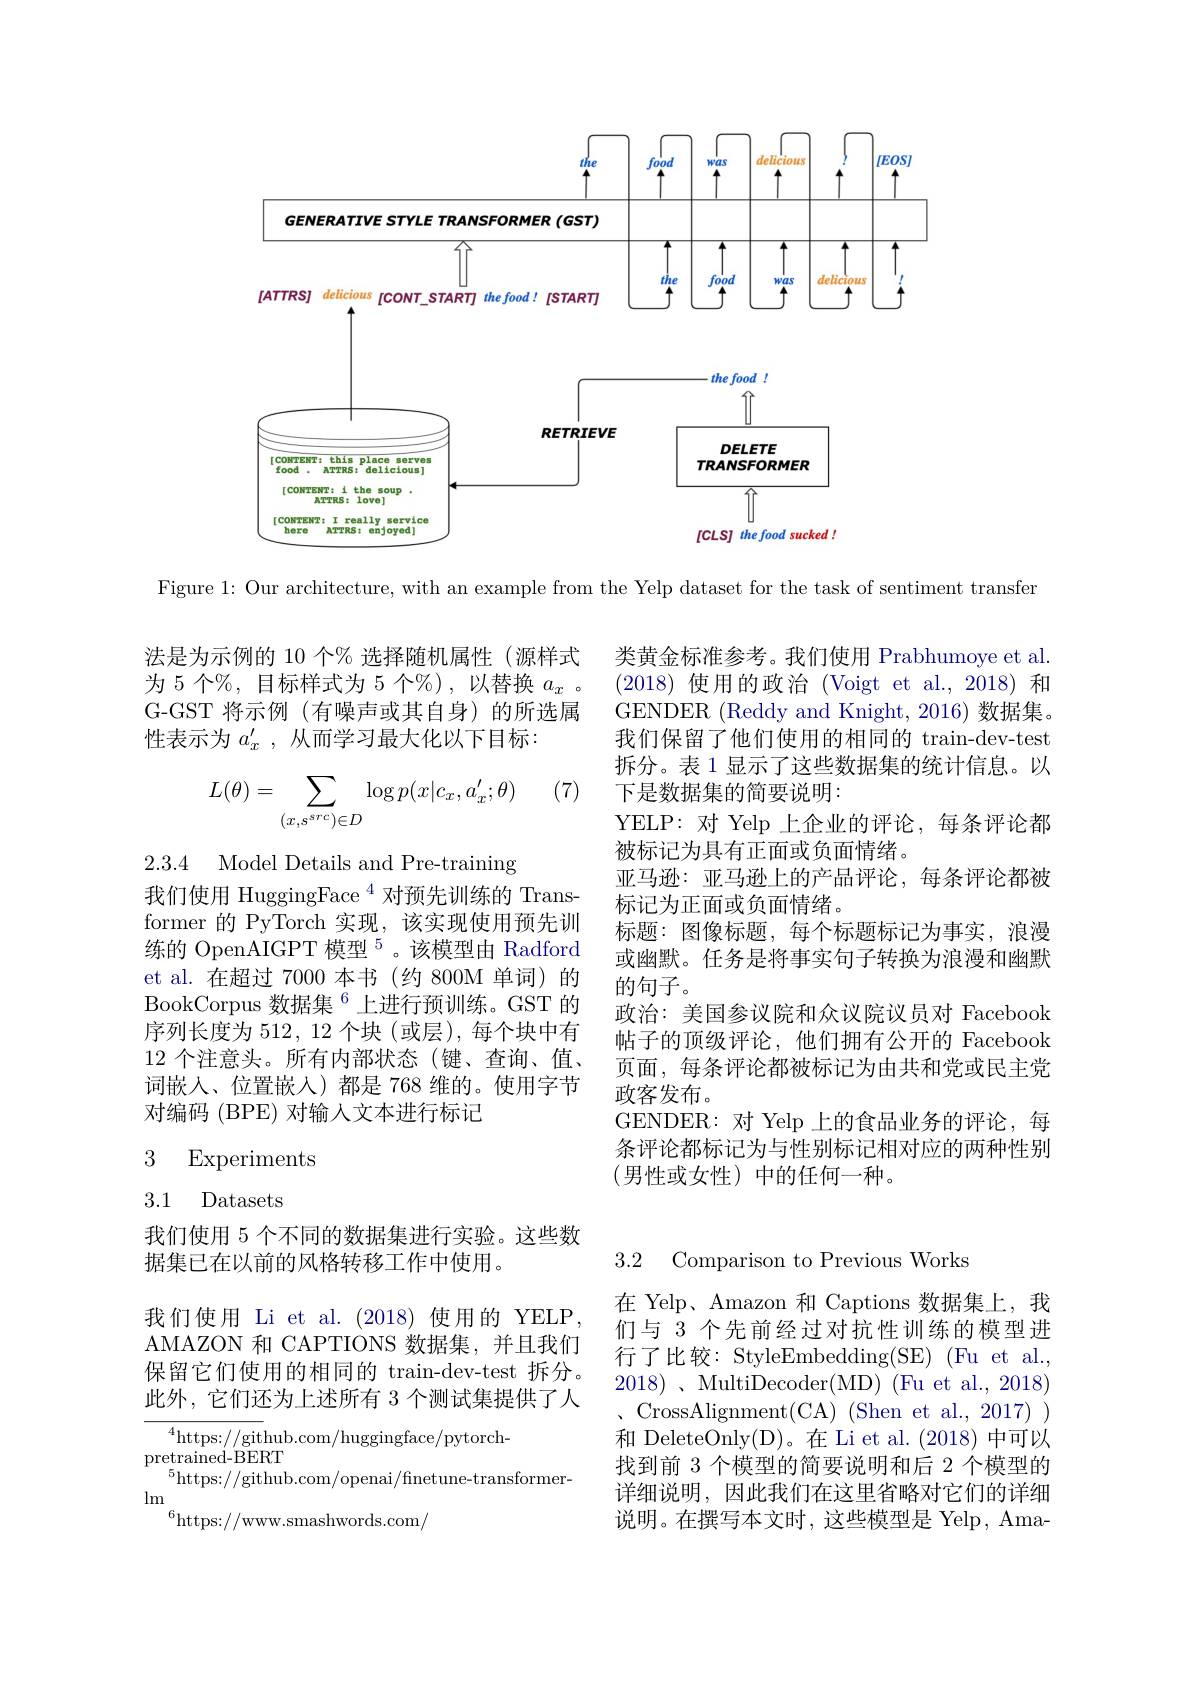
<FigureHere>

Figure 1: Our architecture, with an example from the Yelp dataset for the task of sentiment transfer

法是为示例的 10 个% 选择随机属性(源样式为 5 个%, 目标样式为 5 个$\%$),以替换 $a_x$ G-GST 将示例(有噪声或其自身)的所选属性表示为$a_x^{\prime}$,从而学习最大化以下目标：

(7)
$$\begin{aligned}L(\theta)=\sum_{(x,s^{src})\in D}\log p(x|c_x,a_x';\theta)\end{aligned}$$
2.3.4 Model Details and Pre-training

类黄金标准参考。我们使用 Prabhumoye et al. (2018)使用的政治 (Voigt et al.,2018)和GENDER (Reddy and Knight, 2016) 数据集。我们保留了他们使用的相同的 train-dev-test 拆分。表 1 显示了这些数据集的统计信息。以下是数据集的简要说明：
YELP: 对 Yelp 上企业的评论，每条评论都
被标记为具有正面或负面情绪。
亚马逊：亚马逊上的产品评论，每条评论都被
标记为正面或负面情绪。
标题：图像标题，每个标题标记为事实，浪漫或幽默。任务是将事实句子转换为浪漫和幽默的句子。
政治：美国参议院和众议院议员对 Facebook 帖子的顶级评论，他们拥有公开的 Facebook 页面，每条评论都被标记为由共和党或民主党政客发布。
GENDER:对 Yelp 上的食品业务的评论，每条评论都标记为与性别标记相对应的两种性别(男性或女性)中的任何一种。

我们使用 HuggingFace $^{4}$对预先训练的 Trans former 的 PyTorch 实现，该实现使用预先训练的 OpenAIGPT 模型$^{5}$。该模型由 Radford et al.在超过 7000 本书 (约 800M 单词) 的BookCorpus 数据集$^{6}$上进行预训练。GST 的序列长度为 512, 12 个块 (或层), 每个块中有12 个注意头。所有内部状态(键、查询、值、 词嵌人、位置嵌入)都是 768 维的。使用字节对编码(BPE)对输入文本进行标记

### 3 Experiments

3.1 Datasets

我们使用 5 个不同的数据集进行实验。这些数
据集已在以前的风格转移工作中使用。

3.2 Comparison to Previous Works

我们使用 Li et al.(2018)使用的 YELP, AMAZON 和 CAPTIONS 数据集，并且我们保留它们使用的相同的 train-dev-test 拆分。此外，它们还为上述所有 3 个测试集提供了人

在 Yelp、Amazon 和 Captions 数据集上，我们与 3 个先前经过对抗性训练的模型进$\text{行 了 比 较 : StyleEmbedding( SE) }$(Fu et al., 2018) $、$MultiDecoder(MD) (Fu et al., 2018) 、 CrossAlignment( CA) ( Shen et al. , 2017) ) 和 DeleteOnly(D)。在 Li et al. (2018)中可以找到前 3 个模型的简要说明和后 2 个模型的详细说明，因此我们在这里省略对它们的详细说明。在撰写本文时，这些模型是 Yelp, Ama-

$^{4}$https://github.com/huggingface/pytorch-
$\begin{array}{c}{\mathrm{pretrained-BERT}}\\{\mathrm{pretrained-BERT}}\end{array}$
$^5$https://github.com/openai/finetune-transformer-
$\lim$
$^{6}$https://www.smashwords.com$_{/}$